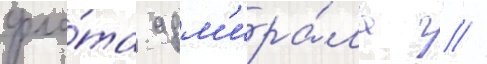
фло́та адм'ира́ла г //